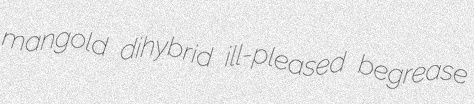
mangold dihybrid ill-pleased begrease